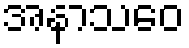
အနာသဝေ